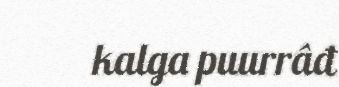
kalga puurrâđ